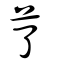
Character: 𦫼